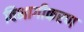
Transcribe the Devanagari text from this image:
विभागीकरण